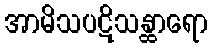
အာမိသပဋိသန္ထာရော